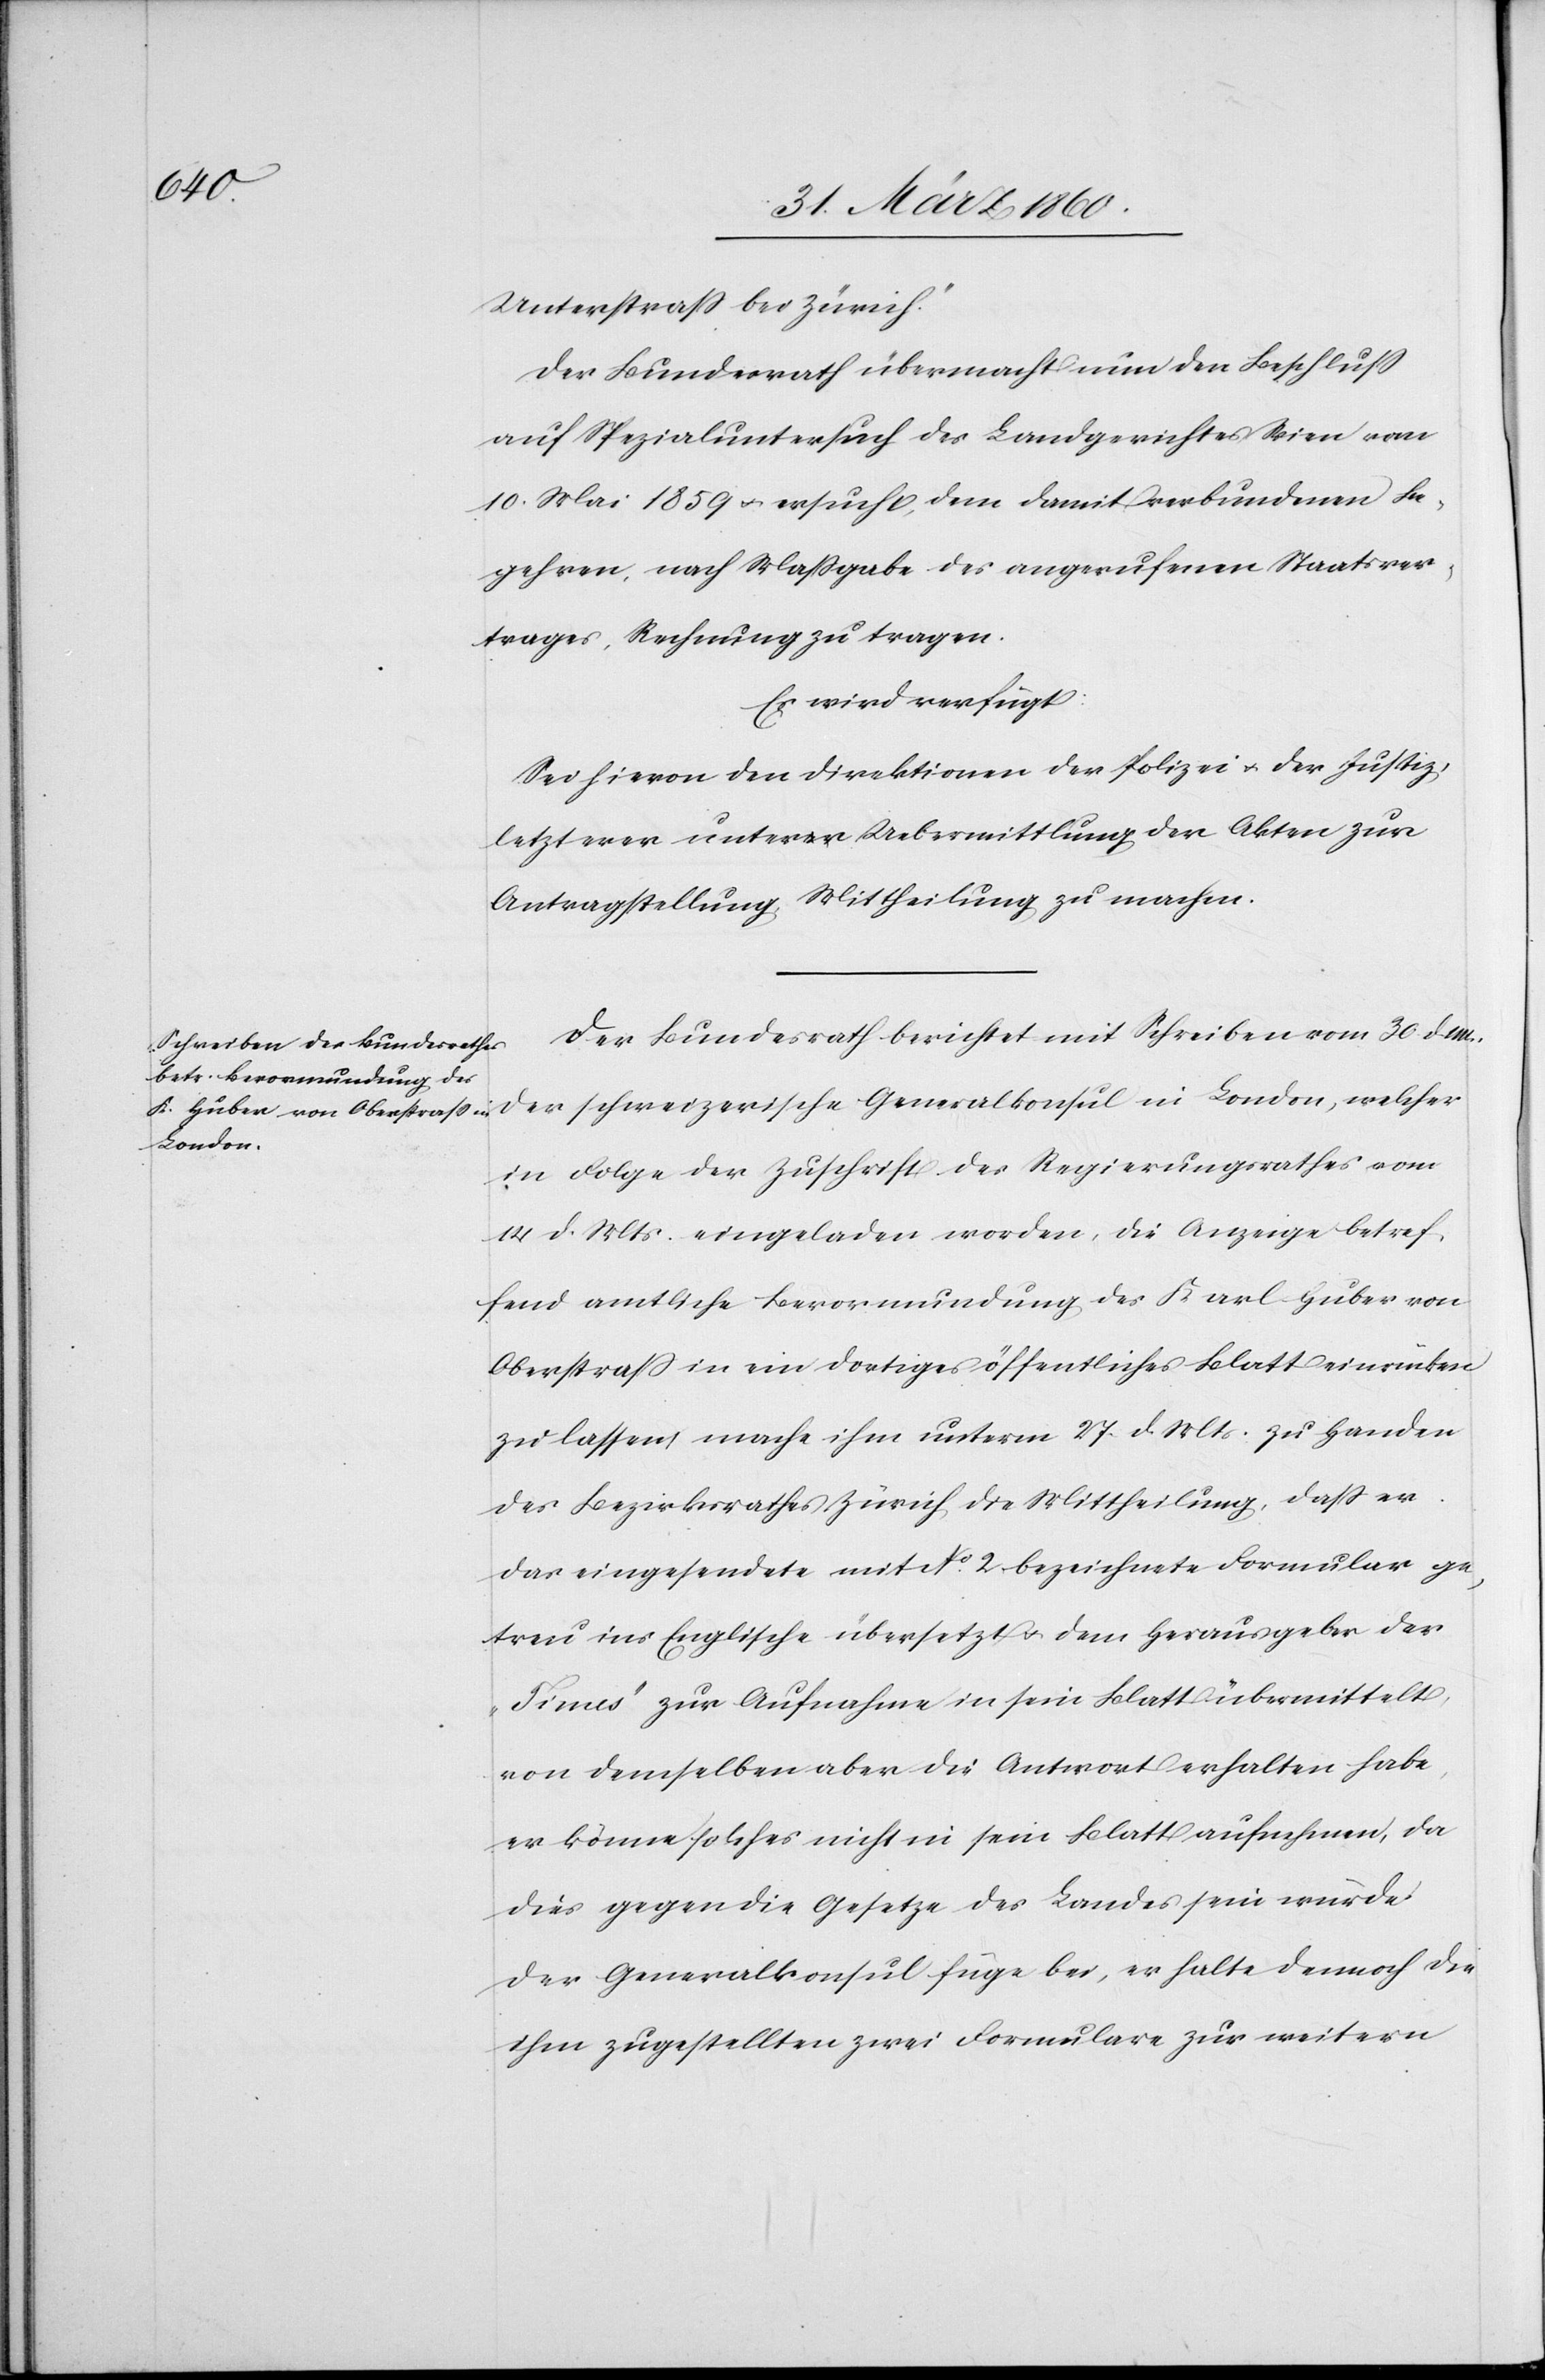
31. März 1860.]
Unterstrasse bei Zürich.“
Der Bundesrath übermacht nun den Beschluss
auf Spezialuntersuchung des Landgerichtes Wien vom
10. Mai 1859 u. ersucht, dem damit verbundenen Be¬
gehren, nach Massgabe des angerufenen Staatsver¬
trages, Rechnung zu tragen.
Es wird verfügt.
Sei hievon den Direktionen der Polizei u. der Justiz,
letzterer unter Uebermittlung der Akten zur
Antragstellung Mittheilung zu machen.
Der Bundesrath berichtet mit Schreiben vom 30. d. M.
der schweizerische Generalkonsul in London, welcher
in Folge der Zuschrift des Regierungsrathes vom
14. d. Mts. eingeladen worden, die Anzeige betref¬
fend amtliche Bevormundung des Karl Huber von
Oberstrass in ein dortiges öffentliches Blatt einrücken
zu lassen, mache ihm unterm 27. d. Mts. zu Handen
des Bezirksrathes Zürich die Mittheilung, dass er
das eingesendete mit No 2. bezeichnete Formular ge¬
treu ins Englische übersetzt u. dem Herausgeber der
„Times“ zur Aufnahme in sein Blatt übermittelt,
von demselben aber die Antwort erhalten habe,
er könne solches nicht in sein Blatt aufnehmen, da
dies gegen die Gesetze des Landes sein würde.
Der Generalkonsul füge bei, er halte dennoch die
ihm zugestellten zwei Formulare zur weitern